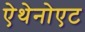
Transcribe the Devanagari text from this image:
ऐथेनोएट